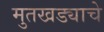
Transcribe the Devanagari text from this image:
मुतखड्याचे